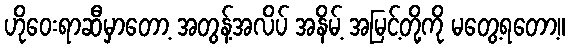
ဟိုဝေးရာဆီမှာတော့ အတွန့်အလိပ် အနိမ့် အမြင့်တို့ကို မတွေ့ရတော့။